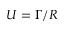
U = \Gamma / R